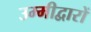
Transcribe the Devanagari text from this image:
उम्मीद्वारों